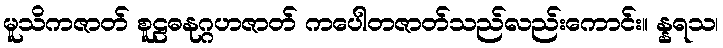
မူသိကဇာတ် စူဠဓနုဂ္ဂဟဇာတ် ကပေါတဇာတ်သည်လည်းကောင်း။ န္နရသ၊